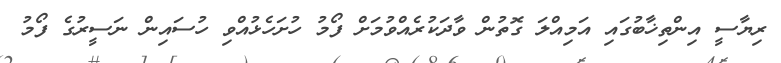
ރިޔާސީ އިންތިޚާބުގައި އަމިއްލަ ގޮތުން ވާދަކުރެއްވުމަށް ފޯމު ހުށަހެޅުއްވި ހުސައިން ނަސީރުގެ ފޯމު